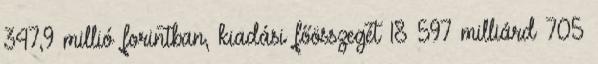
347,9 millió forintban, kiadási főösszegét 18 597 milliárd 705